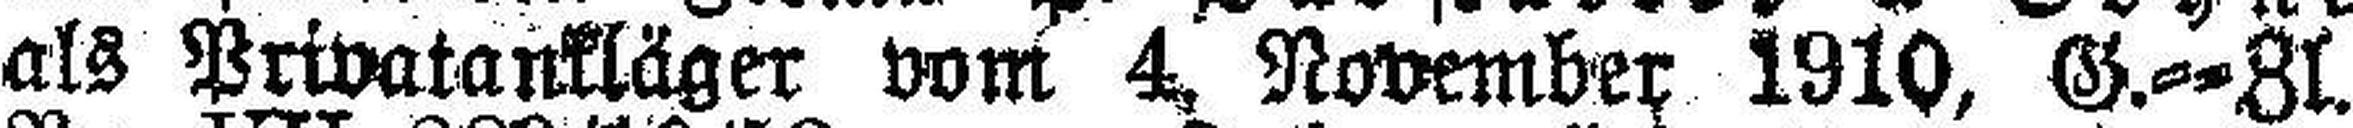
als Privatankläger vom 4, November 1910, G.==ZI.